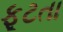
ફૂટતા